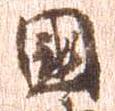
国